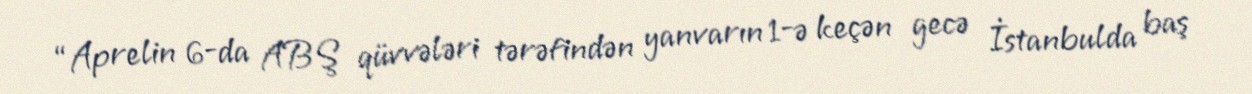
“Aprelin 6-da ABŞ qüvvələri tərəfindən yanvarın 1-ə keçən gecə İstanbulda baş